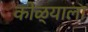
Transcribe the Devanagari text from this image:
कोळ्याला